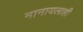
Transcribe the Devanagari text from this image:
मानायलाही